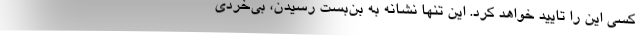
کسی این را تایید خواهد کرد. این تنها نشانه به بن‌بست رسیدن، بی‌خردی